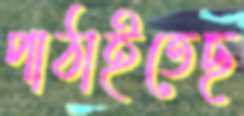
পাঠাইতেছ